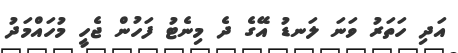
އަދި ހަތަރު ވަނަ ލަނޑު އޭގެ ދެ މިނެޓު ފަހުން ޖެހީ މުހައްމަދު